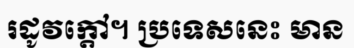
រដូវក្តៅ។ ប្រទេសនេះ មាន